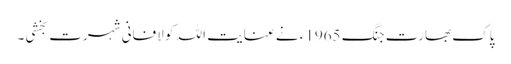
پاک بھارت جنگ 1965ء نے عنایت اللہ کو لافانی شہرت بخشی۔